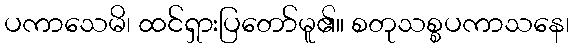
ပကာသေမိ၊ ထင်ရှားပြတော်မူ၏။ စတုသစ္စပကာသနေ၊